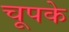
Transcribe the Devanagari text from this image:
चूपके